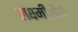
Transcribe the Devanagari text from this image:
लक्ष्मीतीर्थ